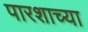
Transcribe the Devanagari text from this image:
पारशाच्या